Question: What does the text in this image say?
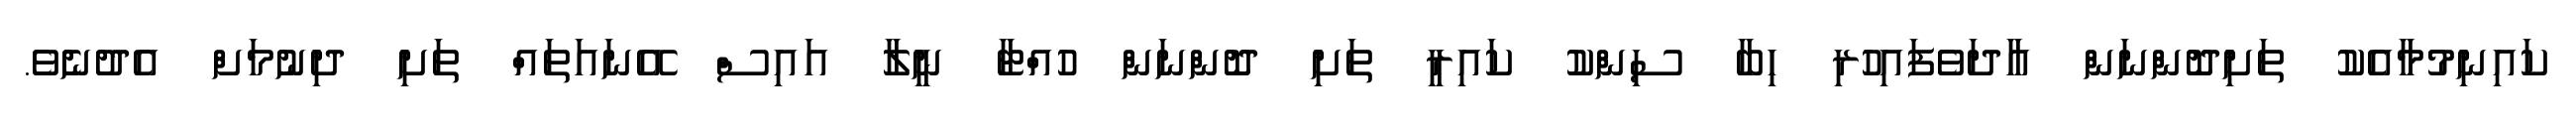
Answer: ކައިނިމުމާއެކު ތަށިދޮންނަން އާދަވެފައިހުރި ހިބާ ސިންކު ކައިރީ ތަށި ދޮންނަން ހުއްޓާ ނީލާ އައިސް އޭނައަތައް ތަށި ދިނުމަށް އެދުނެވެ.